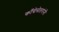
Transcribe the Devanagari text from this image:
काँग्रेसेतरांनी